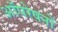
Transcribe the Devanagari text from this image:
आॅपरेषनों